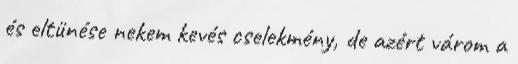
és eltünése nekem kevés cselekmény, de azért várom a